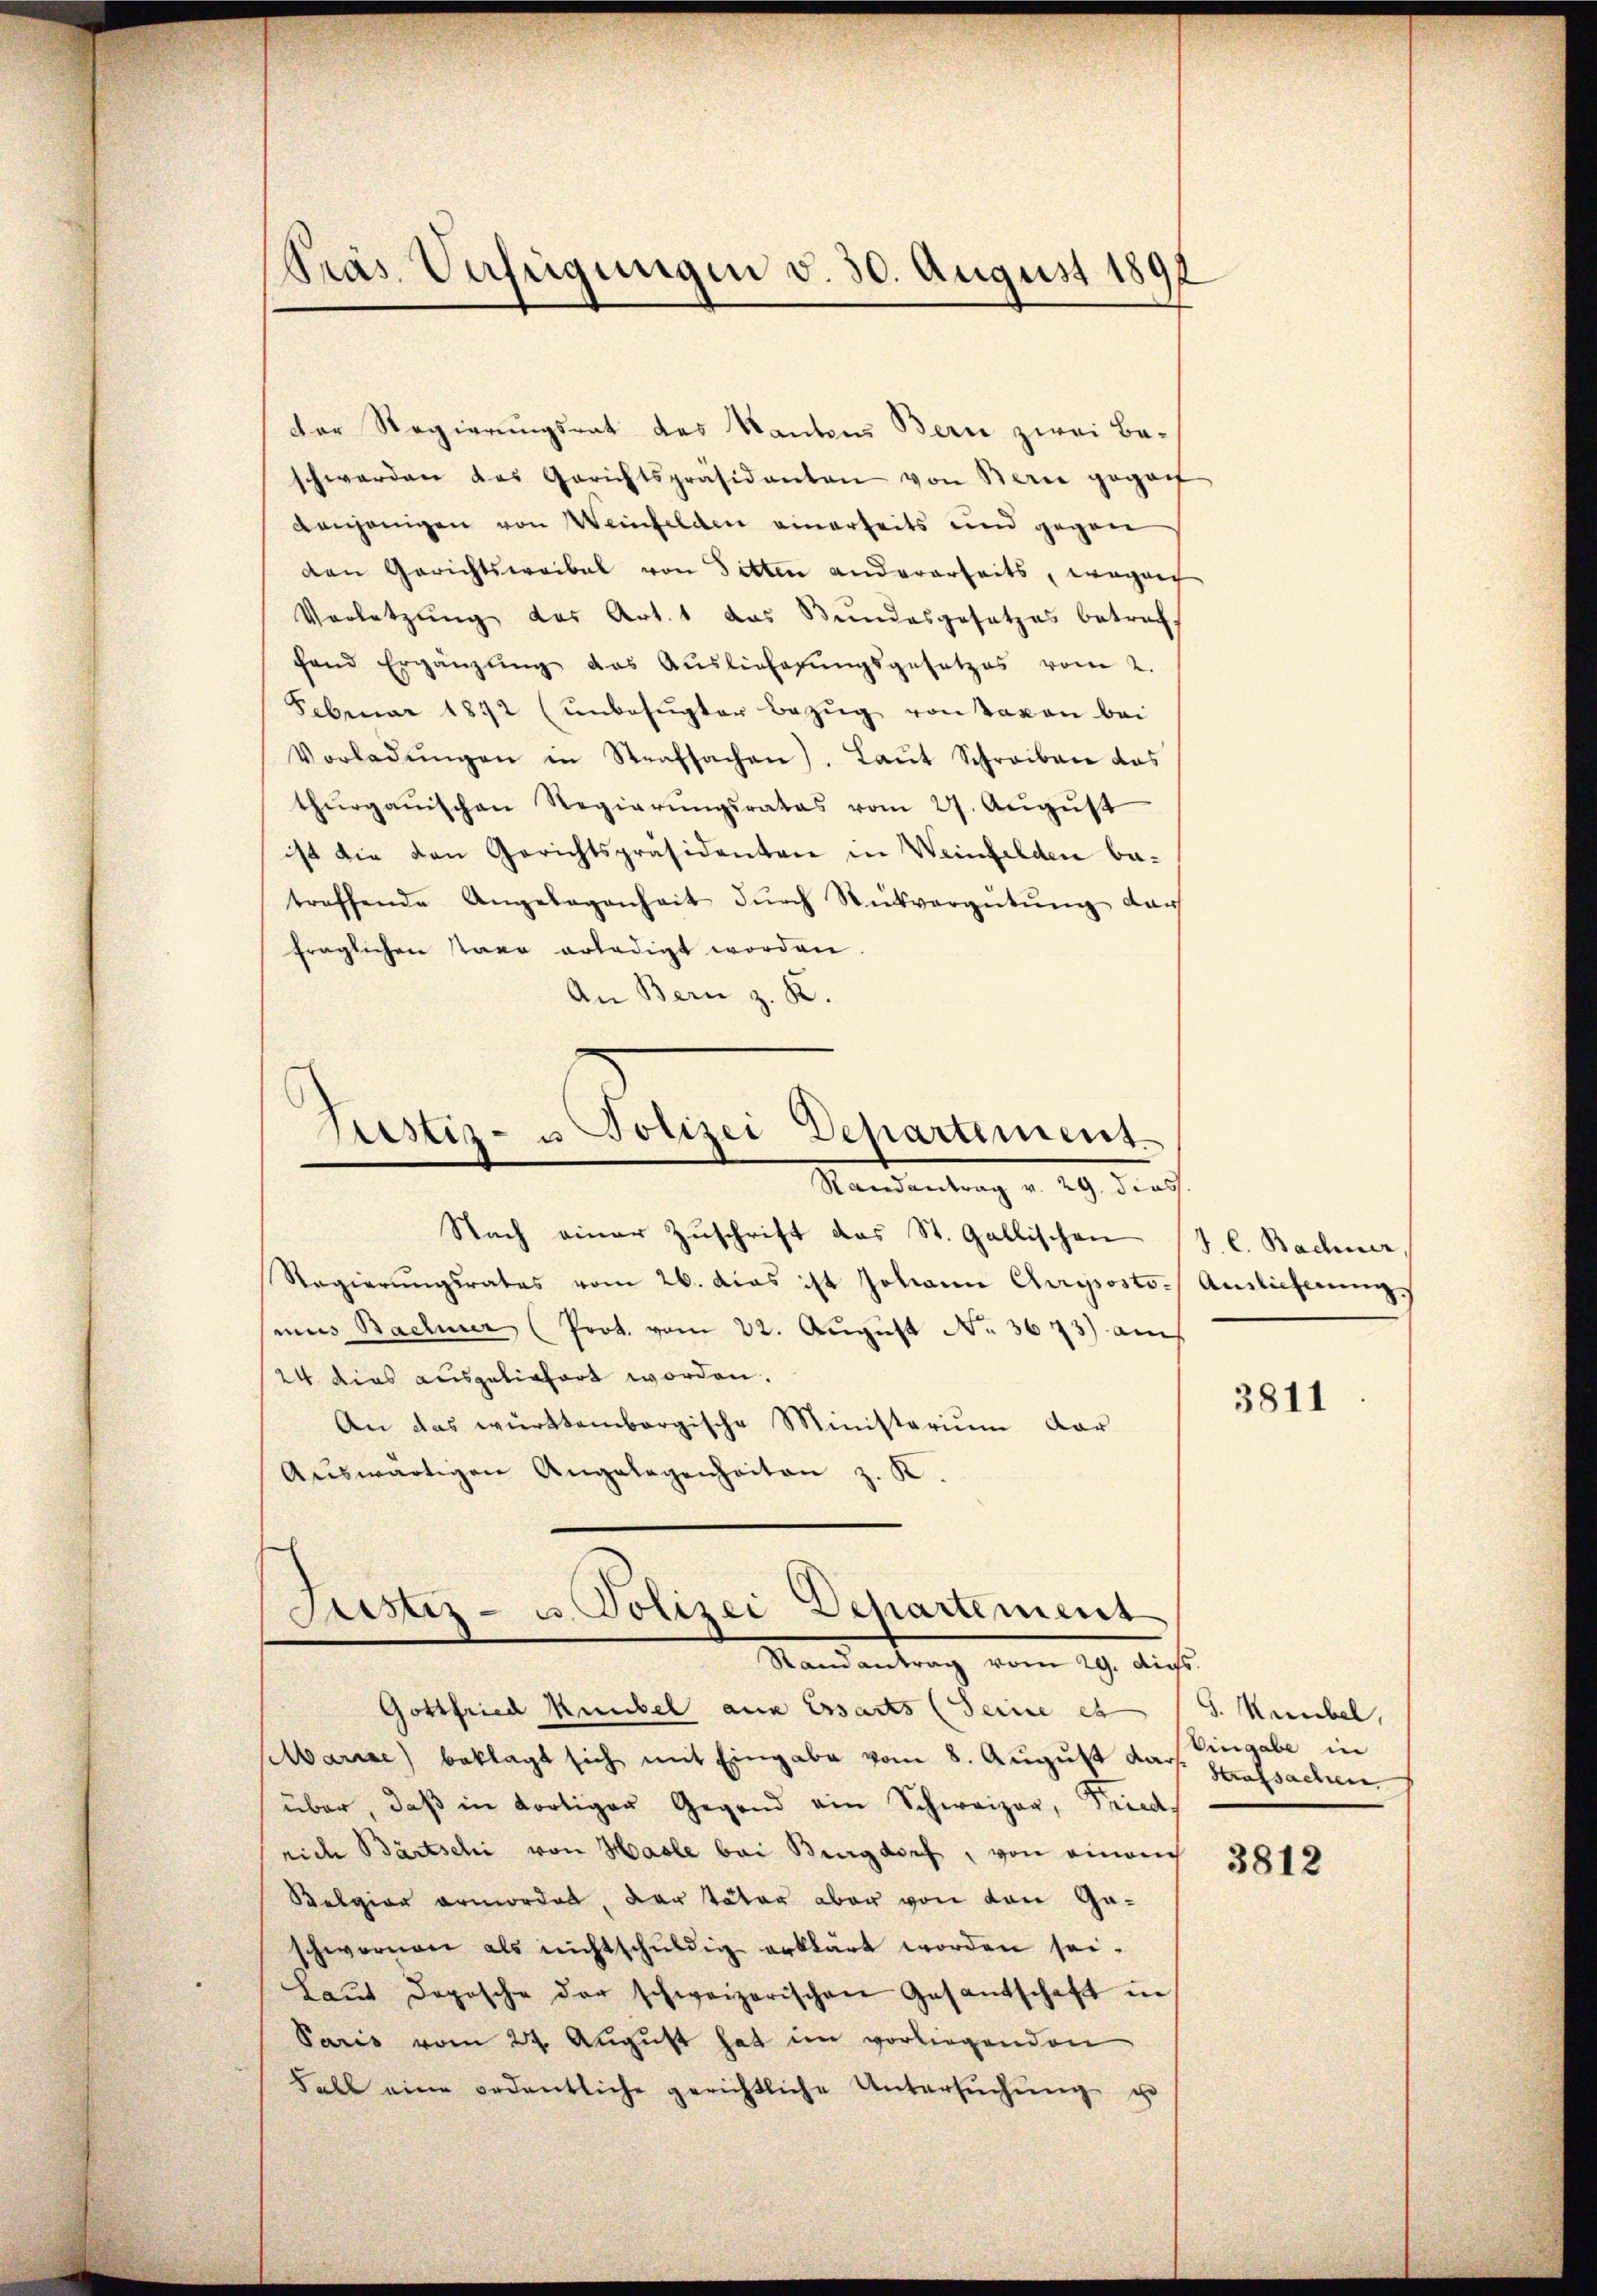
Präs. Verfügungen v. 30. August 1891

Der Regierungsrat des Kantons Bern zwei Beschwerden das Gerichtspräsidenten von Berie gegan
denjenigen von Weinfelden einerheits und gegen
den Gerichtswaibel von Sitten andererseits, wogen
Vorletzung des Art. 1 das Bundesgesetzes betract
fend Ergänzŭng des Auslieferŭngsgesetzes vom 2.
Februar 1892 (unbefŭgter Bezŭg von davon bei
Vorladŭngen in Strafsachen). Laŭt Schreiben das
thŭrgaŭischen Regierŭngsrates vom 27. Aŭgŭst
ist die den Gerichtspräsidenten in Weinfelden be-
treffende Angelegenheit dŭrch Rückvergütŭng dar
fraglichen Paar erledigt worden.
An Bern z. K.

Justiz- u Polizei Departement.
Randantrag v. 29. dies

Nach einer Zuschrift das St. Gallischen
Regierungsrates vom 26. das ist Johann Curiposto. Auslieferung
mnus Bachmer (Prot. vom 22. August No. 3673) au
24. dies ausgeliefert worden.
An das württembergische Ministerium dar
Aŭswärtigen Angelegenheiten z. K.

Justiz- u. Polizei Departement
Randantrag vom 29. dies.

Gottfried Kübel aus Essarts (Seine et S. Neubel,
schbarise) beklagt sich mit Eingabe vom 8. August das Hafsachen
über, daβ in dortiger Gegend ein Schweizer, Fried
rich Bartschi von Hasle bei Burgdorf, von einach
Belgien ermordet, der Täter aber von den Gaschwornen als nichtschŭldig erklärt worden sei.
Laŭt doposche der schweizerischen Gesandschaft in
Paris vom 24. August hat im vorliegenden
Fall eine ordentliche gerichtliche Untersŭchŭng zu

J. l. Bachner,

3811

Eingabe in

3812